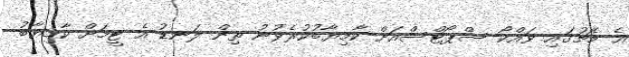
އެ މެޗުގައި ވައްކޯ ސްޕޯޓްސްއަށް ކާމިޔާބުކުރެވުނު ތިން ލަނޑު އެ ޓީމަށް ކާމިޔާބު